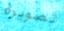
تصويره